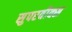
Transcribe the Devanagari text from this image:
सुपरवीक्स